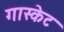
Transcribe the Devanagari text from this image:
गास्केट